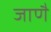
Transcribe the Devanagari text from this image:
जाणै